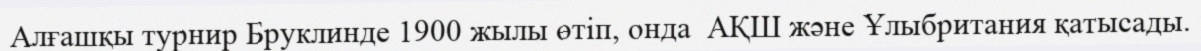
Алғашқы турнир Бруклинде 1900 жылы өтіп, онда  АҚШ және Ұлыбритания қатысады.